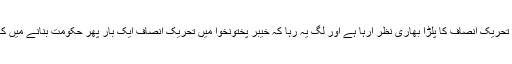
اس صورتحال میں تحریک انصاف کا پلڑا بھاری نظر آرہا ہے اور لگ یہ رہا کہ خیبر پختونخوا میں تحریک انصاف ایک بار پھر حکومت بنانے میں کامیاب ہوجائے گی۔